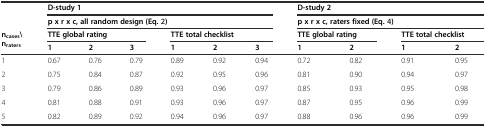
| <ROWSPAN=2>  | <COLSPAN=6> D-study 1 | <COLSPAN=4> D-study 2 |
 | <COLSPAN=6> p x r x c, all random design (Eq.2) | <COLSPAN=4> p x r x c, raters fixed (Eq.4) |
 | <ROWSPAN=2> ncases\nraters | <COLSPAN=3> TTE global rating | <COLSPAN=3> TTE total checklist | <COLSPAN=2> TTE global rating | <COLSPAN=2> TTE total checklist |
 | 1 | 2 | 3 | 1 | 2 | 3 | 1 | 2 | 1 | 2 |
 | --- | --- | --- | --- | --- | --- | --- | --- | --- | --- | --- |
 | 1 | 0.67 | 0.76 | 0.79 | 0.89 | 0.92 | 0.94 | 0.72 | 0.82 | 0.91 | 0.95 |
 | 2 | 0.75 | 0.84 | 0.87 | 0.92 | 0.95 | 0.96 | 0.81 | 0.90 | 0.94 | 0.97 |
 | 3 | 0.79 | 0.86 | 0.89 | 0.93 | 0.96 | 0.97 | 0.85 | 0.93 | 0.95 | 0.98 |
 | 4 | 0.81 | 0.88 | 0.91 | 0.93 | 0.96 | 0.97 | 0.87 | 0.95 | 0.96 | 0.99 |
 | 5 | 0.82 | 0.89 | 0.92 | 0.94 | 0.96 | 0.97 | 0.88 | 0.96 | 0.96 | 0.99 |